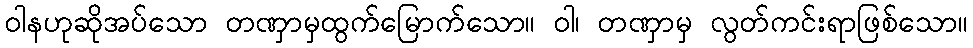
ဝါနဟုဆိုအပ်သော တဏှာမှထွက်မြောက်သော။ ဝါ၊ တဏှာမှ လွတ်ကင်းရာဖြစ်သော။